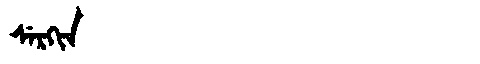
Manchu: ᠰᡝᡵᡴᡳᠨ
Romanization: SERKIN